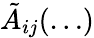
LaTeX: \tilde{A}_{ij}(\dots)